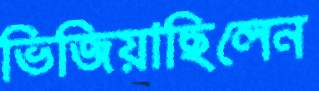
ভিজিয়াছিলেন